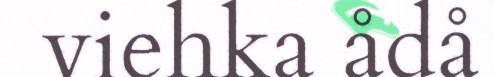
viehka ådå